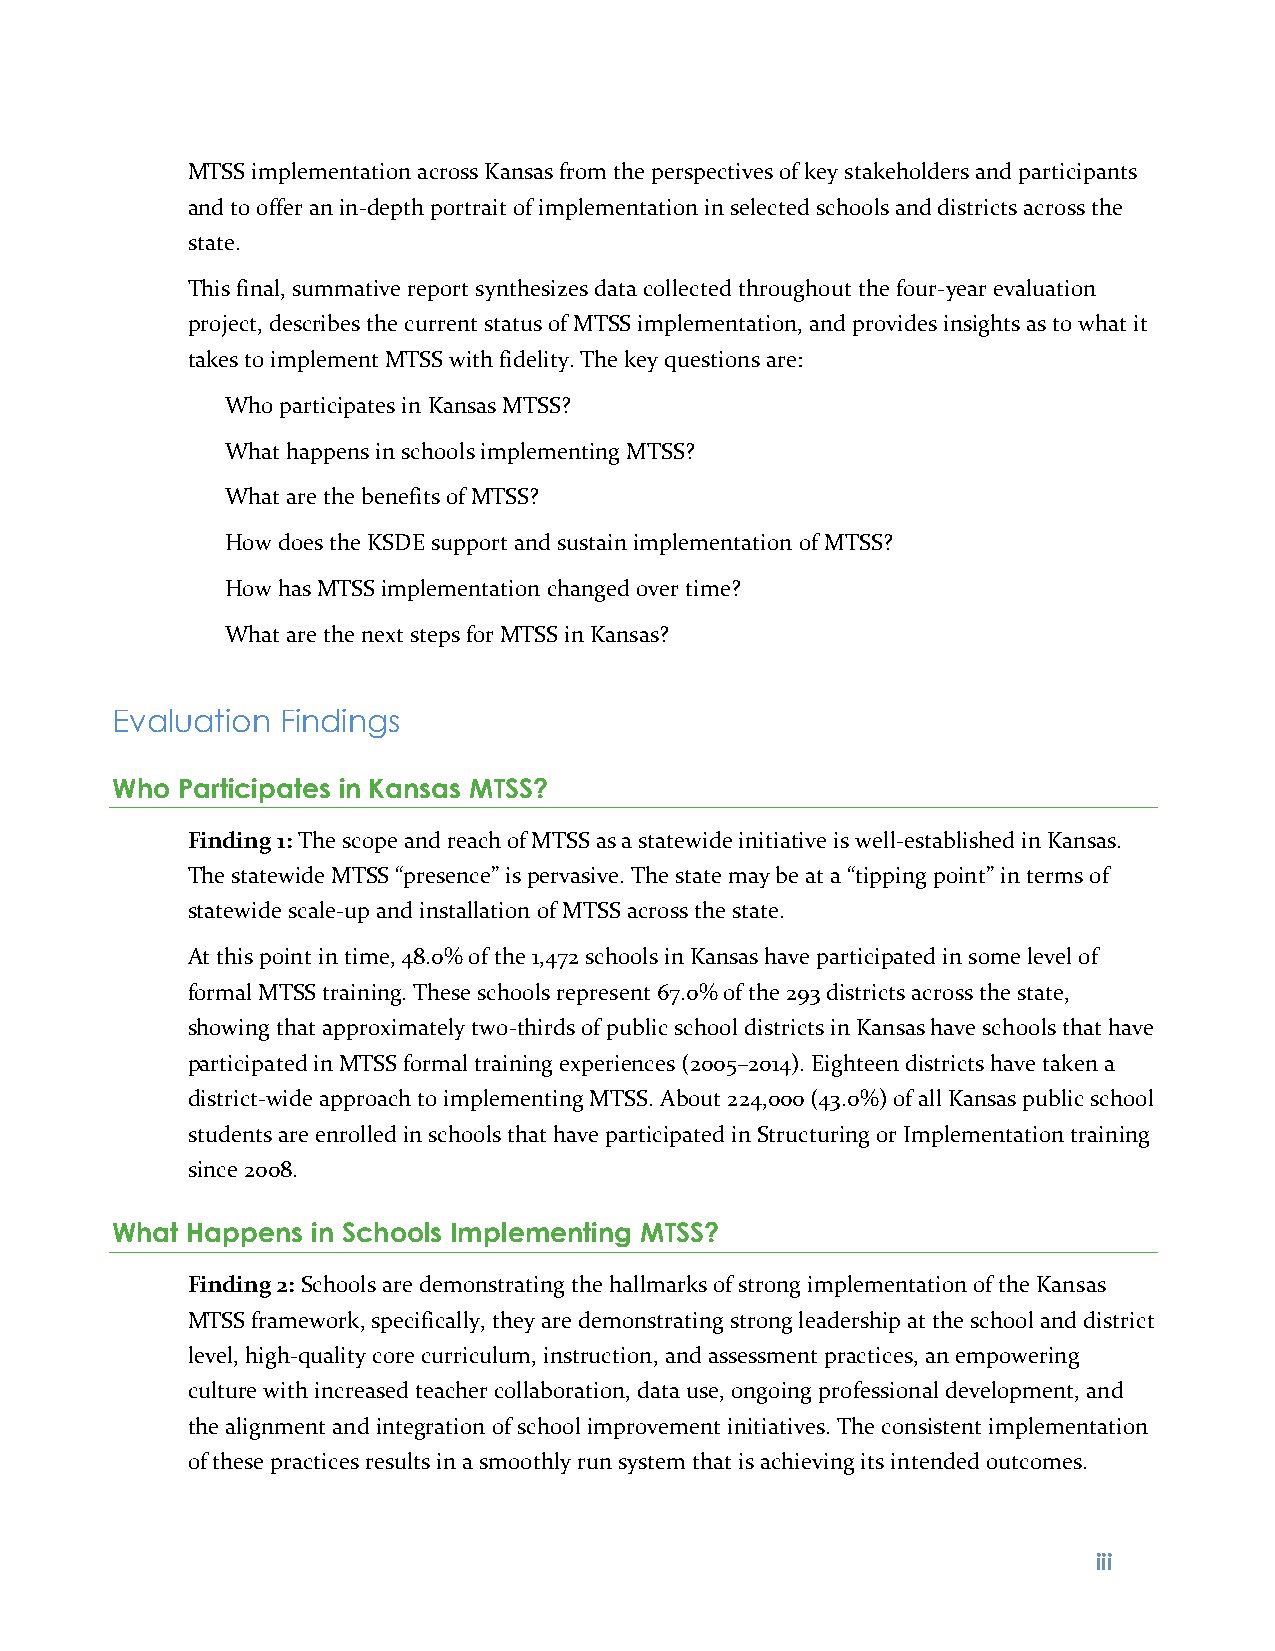
MTSS implementation across Kansas from the perspectives of key stakeholders and participants
 and to offer an in-depth portrait of implementation in selected schools and districts across the
 state.
 This final, summative report synthesizes data collected throughout the four-year evaluation
 project, describes the current status of MTSS implementation, and provides insights as to what it
 takes to implement MTSS with fidelity. The key questions are:
 Who participates in Kansas MTSS?
 What happens in schools implementing MTSS?
 What are the benefits of MTSS?
 How does the KSDE support and sustain implementation of MTSS?
 How has MTSS implementation changed over time?
 What are the next steps for MTSS in Kansas?
 Evaluation  Findings
 Who  Participates in Kansas MTSS?
 Finding 1: The scope and reach of MTSS as a statewide initiative is well-established in Kansas.
 The statewide MTSS “presence” is pervasive. The state may be at a “tipping point” in terms of
 statewide scale-up and installation of MTSS across the state.
 At this point in time, 48.0% of the 1,472 schools in Kansas have participated in some level of
 formal MTSS training. These schools represent 67.0% of the 293 districts across the state,
 showing that approximately two-thirds of public school districts in Kansas have schools that have
 participated in MTSS formal training experiences (2005–2014). Eighteen districts have taken a
 district-wide approach to implementing MTSS. About 224,000 (43.0%) of all Kansas public school
 students are enrolled in schools that have participated in Structuring or Implementation training
 since 2008.
 What Happens  in Schools Implementing MTSS?
 Finding 2: Schools are demonstrating the hallmarks of strong implementation of the Kansas
 MTSS framework, specifically, they are demonstrating strong leadership at the school and district
 level, high-quality core curriculum, instruction, and assessment practices, an empowering
 culture with increased teacher collaboration, data use, ongoing professional development, and
 the alignment and integration of school improvement initiatives. The consistent implementation
 of these practices results in a smoothly run system that is achieving its intended outcomes.
 iii